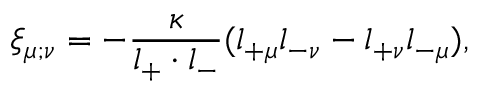
\xi _ { \mu ; \nu } = - \frac { \kappa } { l _ { + } \cdot l _ { - } } ( l _ { + \mu } l _ { - \nu } - l _ { + \nu } l _ { - \mu } ) ,